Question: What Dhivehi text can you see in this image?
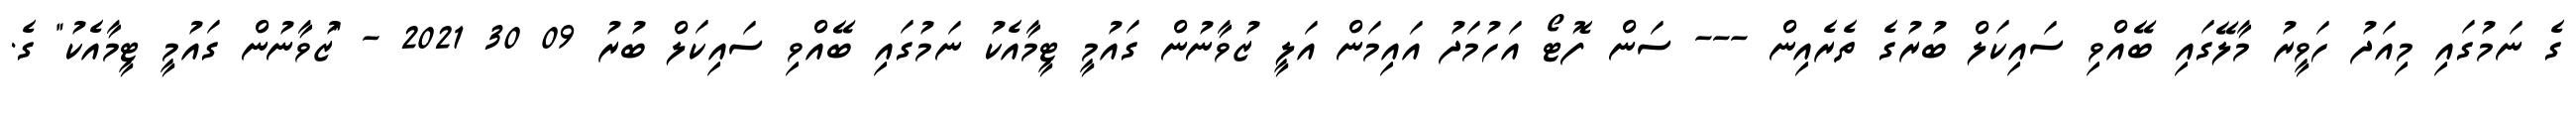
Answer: ގެ ނަމުގައި މިއަދު ހަވީރު މާލޭގައި ބޭއްވި ސައިކަލް ބުރުގެ ތެރެއިން --- ސަން ފޮޓޯ އަހުމަދު އައިމަން އަލީ ޒުވާނުން ގައުމީ ޓީމާއެކު ނަމުގައި ބޭއްވި ސައިކަލް ބުރު 09 30 2021 - "ޒުވާނުން ގައުމީ ޓީމާއެކު" ގެ.